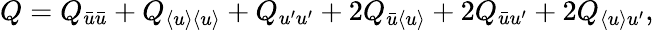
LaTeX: Q=Q_{\bar{u}\bar{u}}+Q_{\langle{u}\rangle\langle{u}\rangle}+Q_{u^{\prime}u^{\prime}}+2Q_{\bar{u}\langle{u}\rangle}+2Q_{\bar{u}u^{\prime}}+2Q_{\langle{u}\rangle u^{\prime}},